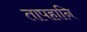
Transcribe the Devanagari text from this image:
तापहानि